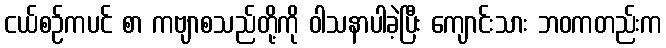
ငယ်စဉ်ကပင် စာ ကဗျာစသည်တို့ကို ဝါသနာပါခဲ့ပြီး ကျောင်းသား ဘဝကတည်းက